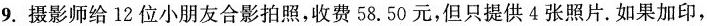
9.摄影师给12位小朋友合影拍照，收费58.50元，但只提供4张照片.如果加印，